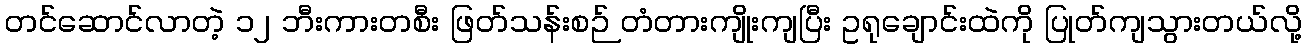
တင်ဆောင်လာတဲ့ ၁၂ ဘီးကားတစီး ဖြတ်သန်းစဉ် တံတားကျိုးကျပြီး ဥရုချောင်းထဲကို ပြုတ်ကျသွားတယ်လို့